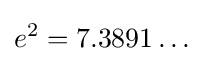
e^{2}=7.3891\ldots